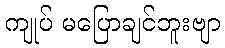
ကျုပ် မပြောချင်ဘူးဗျာ